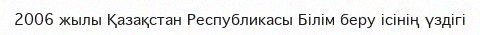
2006 жылы Қазақстан Республикасы Білім беру ісінің үздігі